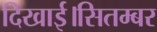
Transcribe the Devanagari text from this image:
दिखाई।सितम्बर